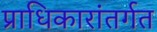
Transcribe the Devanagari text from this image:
प्राधिकारांतर्गत